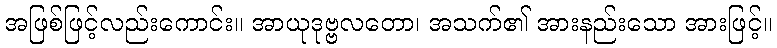
အဖြစ်ဖြင့်လည်းကောင်း။ အာယုဒုဗ္ဗလတော၊ အသက်၏ အားနည်းသော အားဖြင့်။